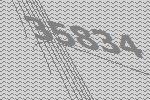
35834